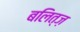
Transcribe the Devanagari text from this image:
बलित्ज़